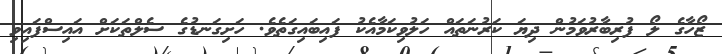
ޒޯހާގެ ލޯ ފުރިބާރުވަމުން ދިޔަ ކަރުނަތައް ހަލުވިކަމާއެކު ފައިބައިގަތެވެ. ހަށިގަނޑުގެ ސެލްތަކަށް އައިސްފައިވި